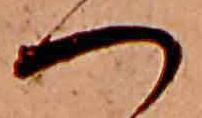
つ